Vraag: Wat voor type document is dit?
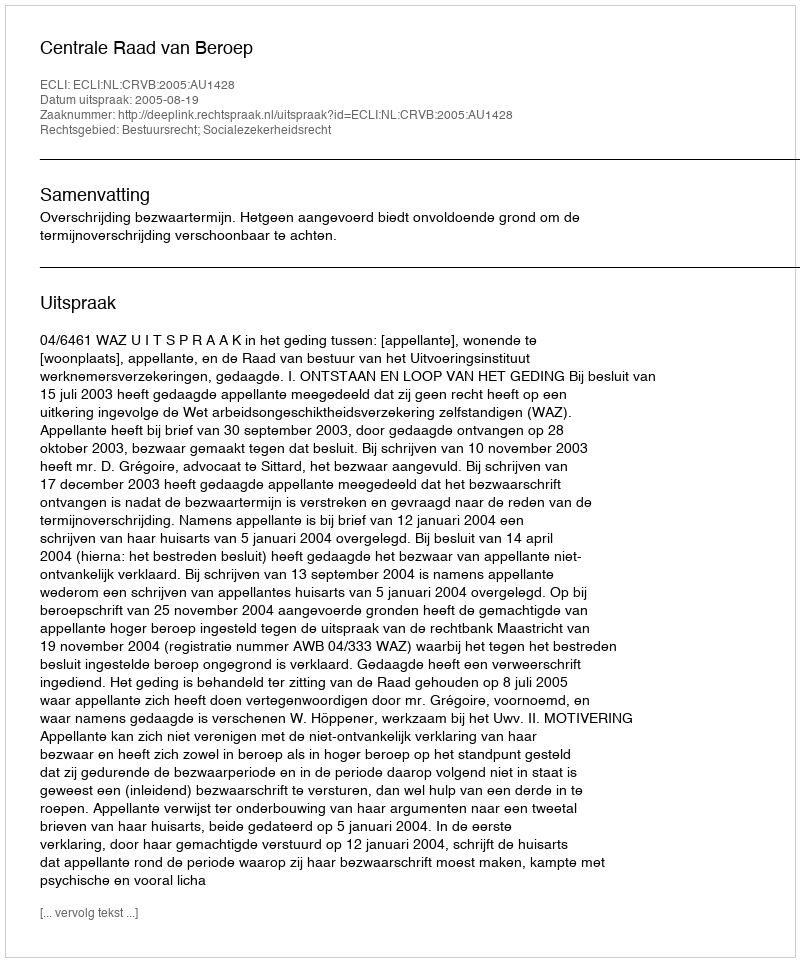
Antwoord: Uitspraak